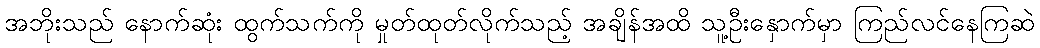
အဘိုးသည် နောက်ဆုံး ထွက်သက်ကို မှုတ်ထုတ်လိုက်သည့် အချိန်အထိ သူ့ဦးနှောက်မှာ ကြည်လင်နေကြဆဲ